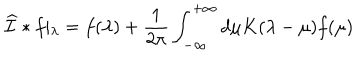
\widehat { \cal I } * f \vert _ { \lambda } = f ( \lambda ) + { \frac { 1 } { 2 \pi } } \int _ { - \infty } ^ { + \infty } d \mu K ( \lambda - \mu ) f ( \mu )